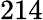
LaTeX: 214